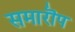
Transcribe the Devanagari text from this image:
समारॊप